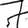
Digit: 7